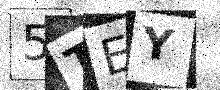
Text: 5TEY